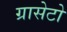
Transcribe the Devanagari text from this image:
ग्रासेटो